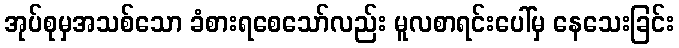
အုပ်စုမှအသစ်သော ခံစားရစေသော်လည်း မူလစာရင်းပေါ်မှ နေသေးခြင်း